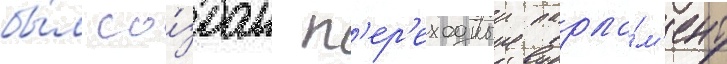
бы́л со́здан п'ер'еходныи парла́м'ент